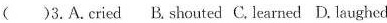
( )3.A.Cried B. Shouted C. Learned D. Laughed